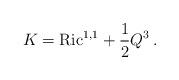
LaTeX: \begin{align*}K={\rm Ric}^{1,1}+\frac12 Q^3\,.\end{align*}